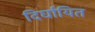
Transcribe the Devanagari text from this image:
दिर्घायित